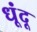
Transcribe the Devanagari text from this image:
धूंदू